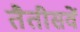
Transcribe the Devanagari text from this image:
तैतीसवें